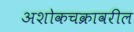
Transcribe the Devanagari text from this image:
अशोकचक्रावरील